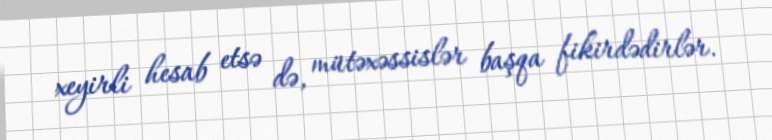
xeyirli hesab etsə də, mütəxəssislər başqa fikirdədirlər.